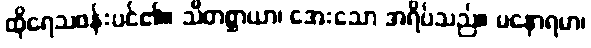
ထိုရေသဖန်းပင်၏။ သီတစ္ဆာယာ၊ အေးသော အရိပ်သည်။ မနောရမာ၊